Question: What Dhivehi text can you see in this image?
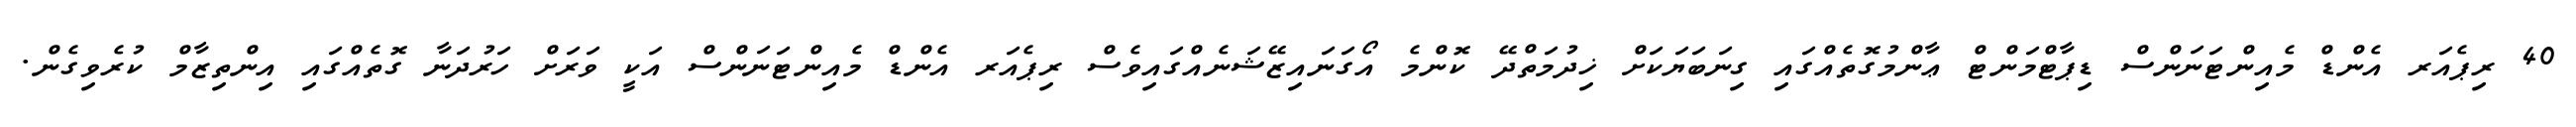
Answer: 40 ރިޕެއަރ އެންޑް މެއިންޓަނަންސް ޑިޕާޓްމަންޓް ޢާންމުގޮތެއްގައި ގިނަބަޔަކަށް ޚިދުމަތްދޭ ކޮންމެ އޯގަނައިޒޭޝަނެއްގައިވެސް ރިޕެއަރ އެންޑް މެއިންޓަނަންސް އަކީ ވަރަށް ހަރުދަނާ ގޮތެއްގައި އިންތިޒާމް ކުރެވިގެން.